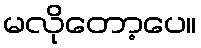
မလိုတော့ပေ။